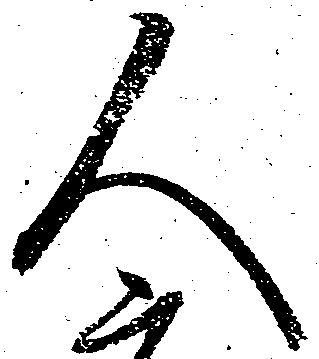
人